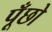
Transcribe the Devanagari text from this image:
पूँछो